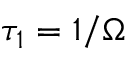
\tau _ { 1 } = 1 / \Omega